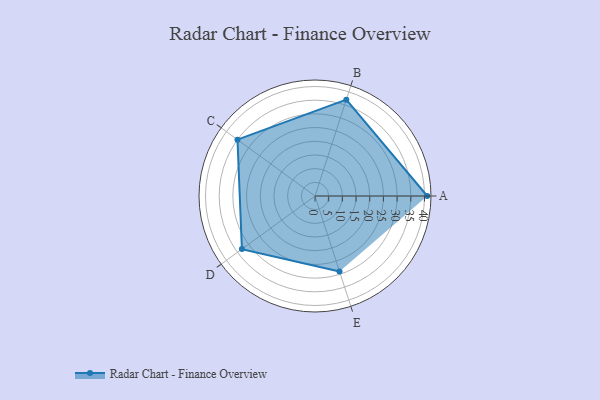
{"axis": {"x": "Skill", "y": "Score"}, "legend": ["Profile"], "data": [{"x": "A", "y": 41.0, "type": "Profile"}, {"x": "B", "y": 37.0, "type": "Profile"}, {"x": "C", "y": 35.0, "type": "Profile"}, {"x": "D", "y": 33.0, "type": "Profile"}, {"x": "E", "y": 29.0, "type": "Profile"}]}